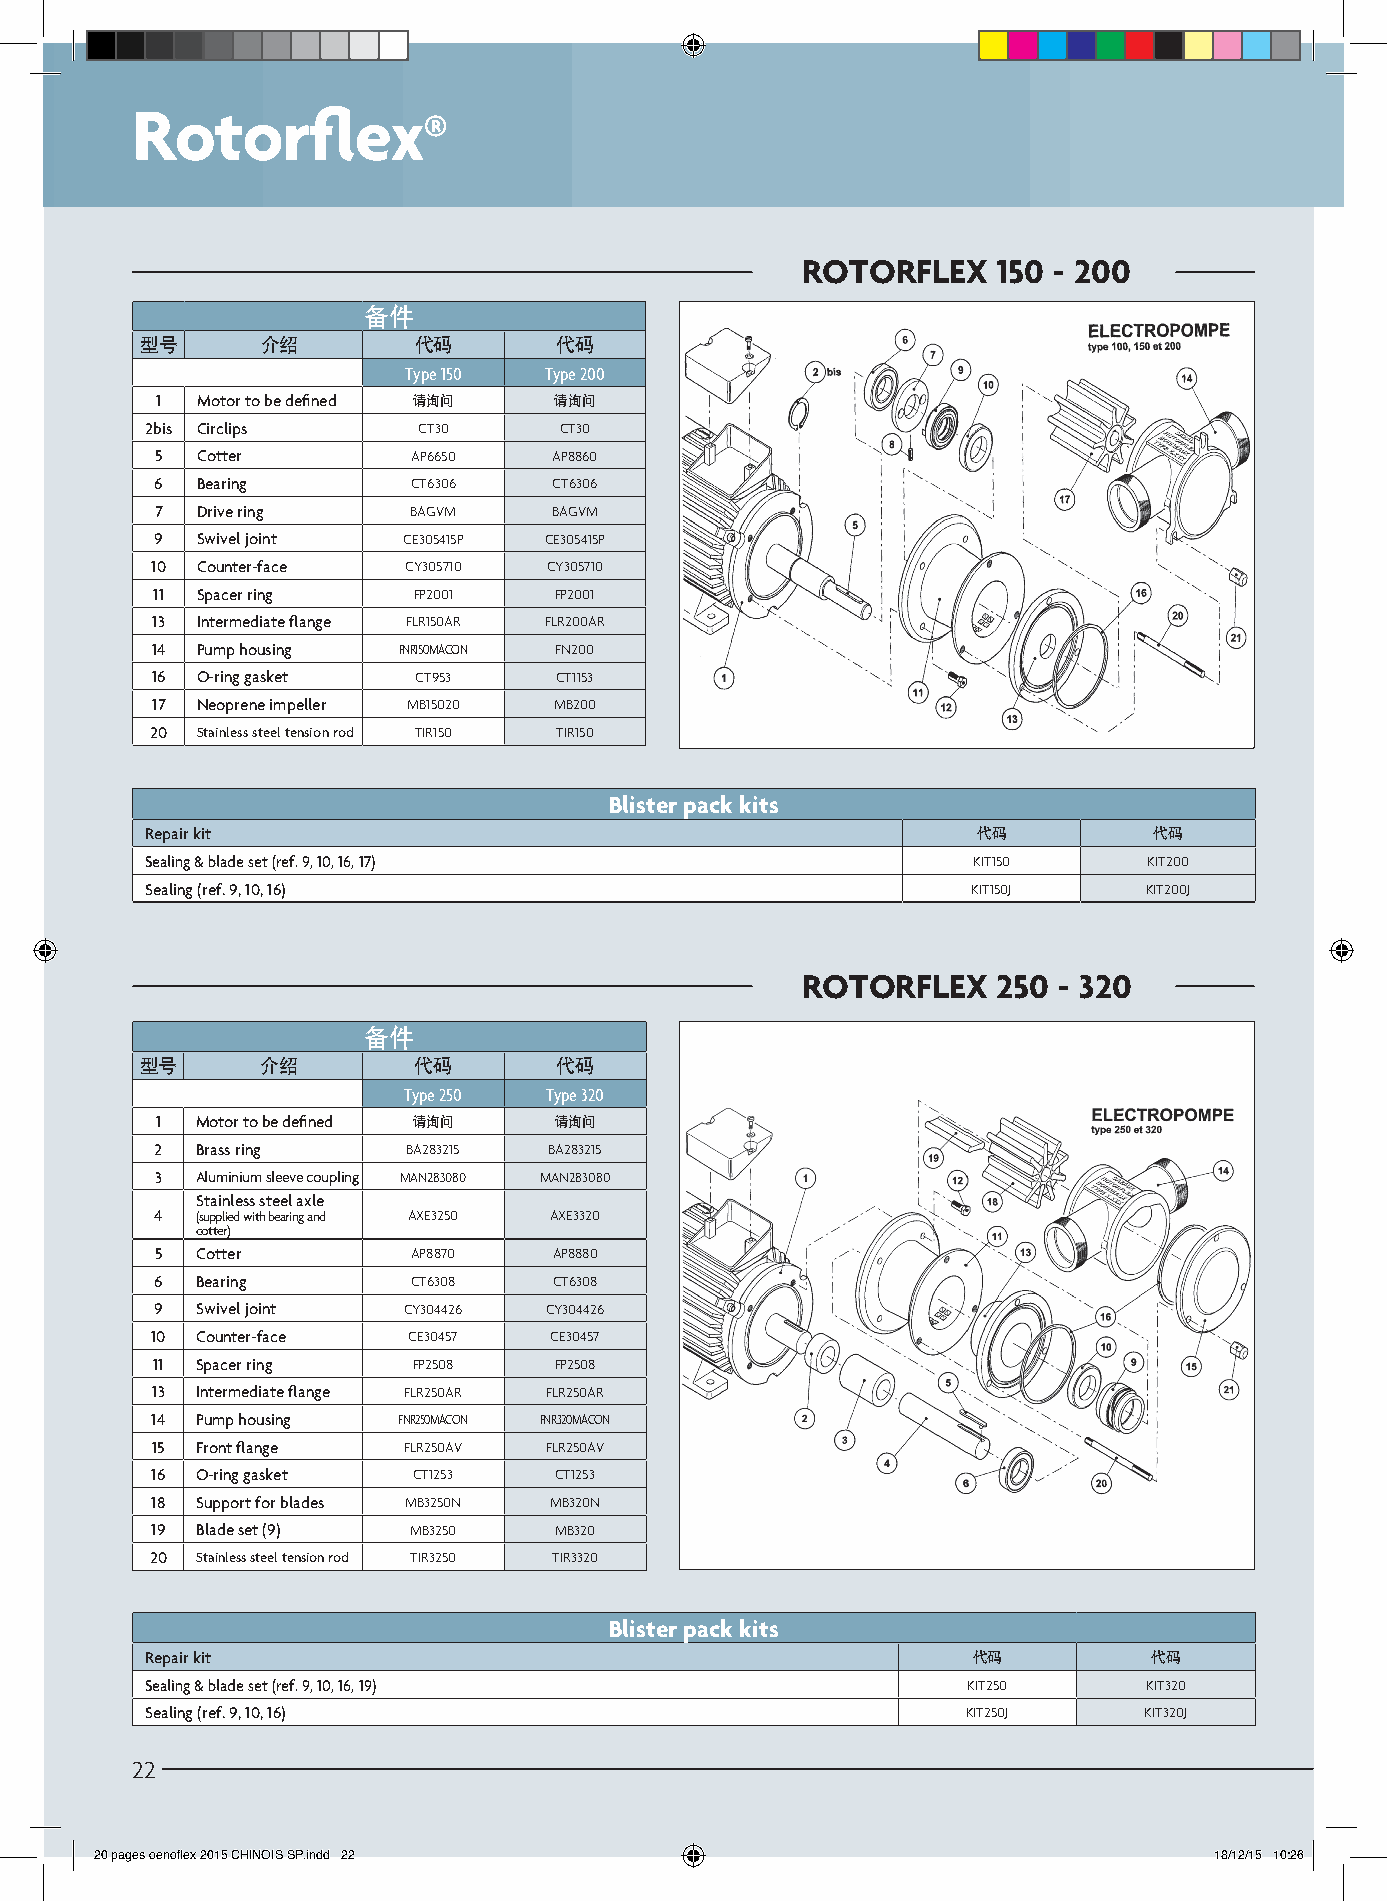
Rotorflex
 ®
 ROTORFLEX    150 - 200
 备件
 型号      介绍        代码        代码
 Type 150 Type 200
 1  Motor to be defined 请询问 请询问
 2bis Circlips     CT30     CT30
 5  Cotter        AP6650    AP8860
 6  Bearing       CT6306    CT6306
 7  Drive ring    BAGVM     BAGVM
 9  Swivel joint  CE305415P CE305415P
 10 Counter-face  CY305710 CY305710
 11 Spacer ring   FP2001    FP2001
 13 Intermediate flange FLR150AR FLR200AR
 14 Pump housing FNR150MACON FN200
 16 O-ring gasket CT953     CT1153
 17 Neoprene impeller MB15020 MB200
 20 Stainless steel tension rod TIR150 TIR150
 Blister pack kits
 Repair kit                                             代码         代码
 Sealing & blade set (ref. 9, 10, 16, 17)              KIT150      KIT200
 Sealing (ref. 9, 10, 16)                              KIT150J     KIT200J
 ROTORFLEX    250 - 320
 备件
 型号      介绍        代码        代码
 Type 250 Type 320
 1  Motor to be defined 请询问 请询问
 2  Brass ring    BA283215 BA283215
 3  Aluminium sleeve coupling MAN283080 MAN283080
 Stainless steel axle
 4  (supplied with bearing and AXE3250 AXE3320
 cotter)
 5  Cotter        AP8870    AP8880
 6  Bearing       CT6308    CT6308
 9  Swivel joint  CY304426 CY304426
 10 Counter-face  CE30457  CE30457
 11 Spacer ring   FP2508    FP2508
 13 Intermediate flange FLR250AR FLR250AR
 14 Pump housing FNR250MACON FNR320MACON
 15 Front flange  FLR250AV FLR250AV
 16 O-ring gasket CT1253    CT1253
 18 Support for blades MB3250N MB320N
 19 Blade set (9) MB3250    MB320
 20 Stainless steel tension rod TIR3250 TIR3320
 Blister pack kits
 Repair kit                                            代码          代码
 Sealing & blade set (ref. 9, 10, 16, 19)              KIT250      KIT320
 Sealing (ref. 9, 10, 16)                              KIT250J     KIT320J
 22
 20 pages oenoflex 2015 CHINOIS SP.indd 22                                 18/12/15 10:26